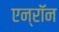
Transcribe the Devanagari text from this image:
एन्‍रॉन